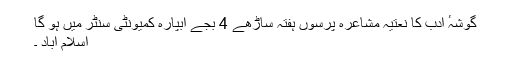
گوشہٴ ادب کا نعتیہ مشاعرہ پرسوں ہفتہ ساڑھے 4 بجے آبپارہ کمیونٹی سنٹر میں ہو گا
اسلام آباد ۔